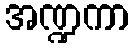
အဏ္ဍကာ